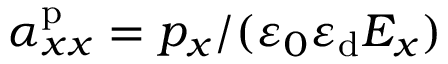
\alpha _ { x x } ^ { \mathrm { p } } = p _ { x } / ( \varepsilon _ { 0 } \varepsilon _ { \mathrm { d } } E _ { x } )